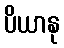
ပိယာနု